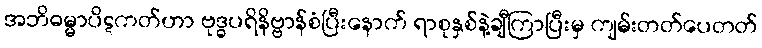
အဘိဓမ္မာပိဋကတ်ဟာ ဗုဒ္ဓပရိနိဗ္ဗာန်စံပြီးနောက် ရာစုနှစ်နဲ့ချီကြာပြီးမှ ကျမ်းတတ်ပေတတ်